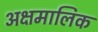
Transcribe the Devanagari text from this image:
अक्षमालिक